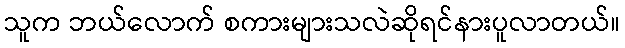
သူက ဘယ်လောက် စကားများသလဲဆိုရင်နားပူလာတယ်။